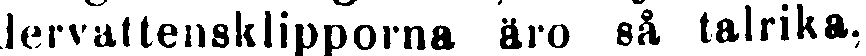
dervatternsklipporna äro så talrika.